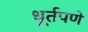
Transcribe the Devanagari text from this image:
धूर्तपणे